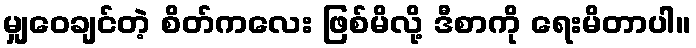
မျှဝေချင်တဲ့ စိတ်ကလေး ဖြစ်မိလို့ ဒီစာကို ရေးမိတာပါ။